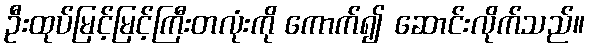
ဦးထုပ်မြင့်မြင့်ကြီးတလုံးကို ကောက်၍ ဆောင်းလိုက်သည်။